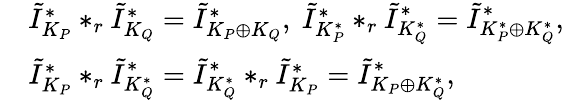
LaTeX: \begin{array}{rl}&{\tilde{I}_{K_{P}}^{*}*_{r}\tilde{I}_{K_{Q}}^{*}=\tilde{I}_{K_{P}\oplus K_{Q}}^{*},\ \tilde{I}_{K_{P}^{*}}^{*}*_{r}\tilde{I}_{K_{Q}^{*}}^{*}=\tilde{I}_{K_{P}^{*}\oplus K_{Q}^{*}}^{*},}\\ &{\tilde{I}_{K_{P}}^{*}*_{r}\tilde{I}_{K_{Q}^{*}}^{*}=\tilde{I}_{K_{Q}^{*}}^{*}*_{r}\tilde{I}_{K_{P}}^{*}=\tilde{I}_{K_{P}\oplus K_{Q}^{*}}^{*},}\end{array}